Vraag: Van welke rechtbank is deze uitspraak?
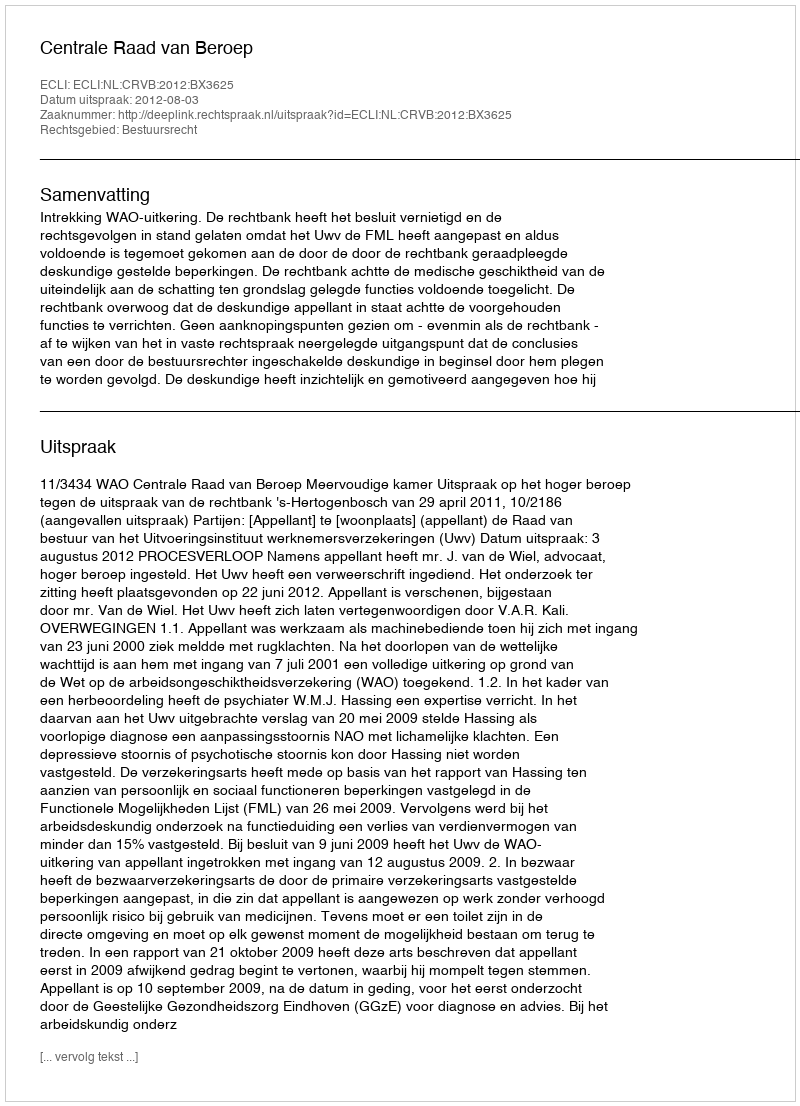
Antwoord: Centrale Raad van Beroep